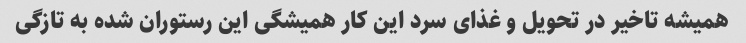
همیشه تاخیر در تحویل و غذای سرد این کار همیشگی این رستوران شده به تازگی